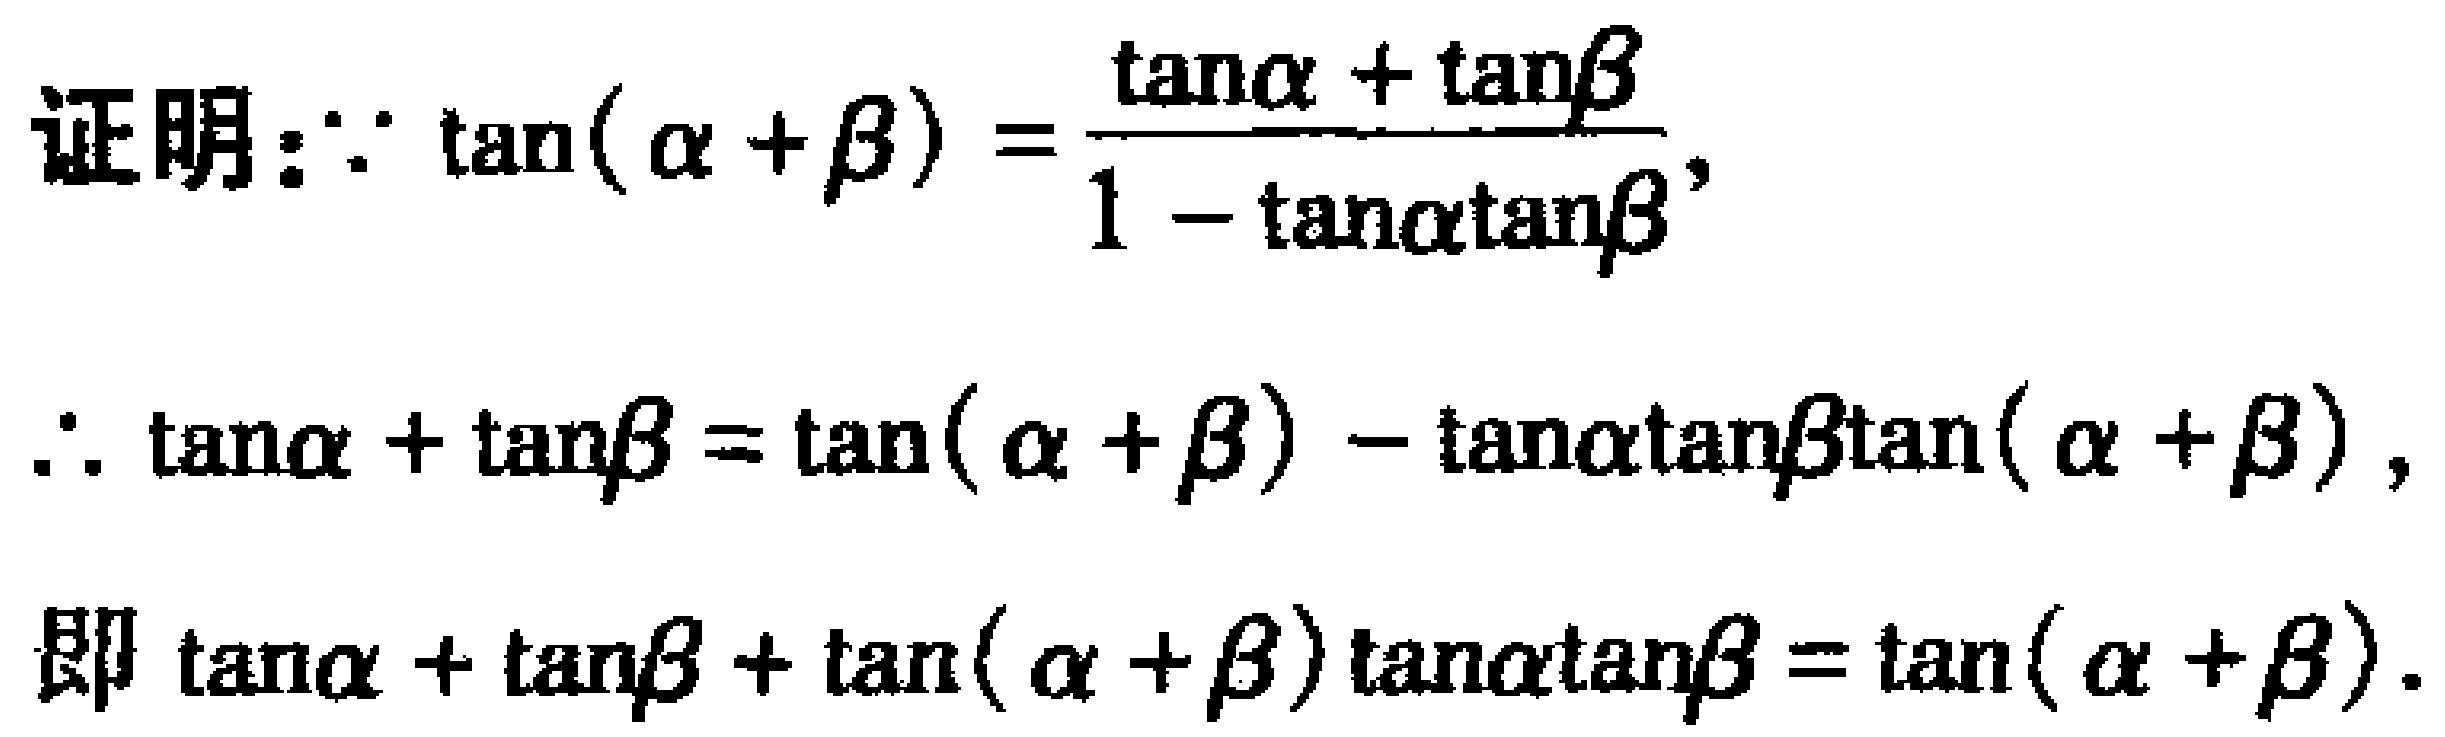
证明：$\because \tan(\alpha + \beta)=\frac{\tan\alpha+\tan\beta}{1 - \tan\alpha\tan\beta}$，
$\therefore \tan\alpha+\tan\beta=\tan(\alpha + \beta)-\tan\alpha\tan\beta\tan(\alpha + \beta)$，
即$\tan\alpha+\tan\beta+\tan(\alpha + \beta)\tan\alpha\tan\beta=\tan(\alpha + \beta)$。